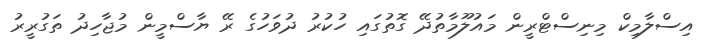
އިސްލާމިކް މިނިސްޓްރީން މައުލޫމާތުދޭ ގޮތުގައި ހުކުރު ދުވަހުގެ ރޭ ޔާސްމީން މުޖާހިދު ތަގުރީރު